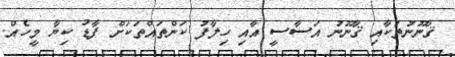
ޤާނޫނުތަކާއި ޤާނޫނު އަސާސީ އާއި ހިލާފު ކަންތައްތަކަށް ފާޑު ކިޔާ މީހެއް.